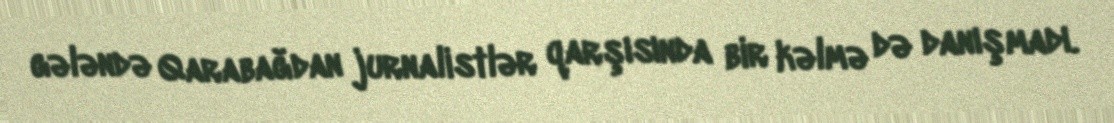
gələndə Qarabağdan jurnalistlər qarşısında bir kəlmə də danışmadı.